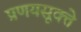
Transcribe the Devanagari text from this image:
प्रणयसूक्ते